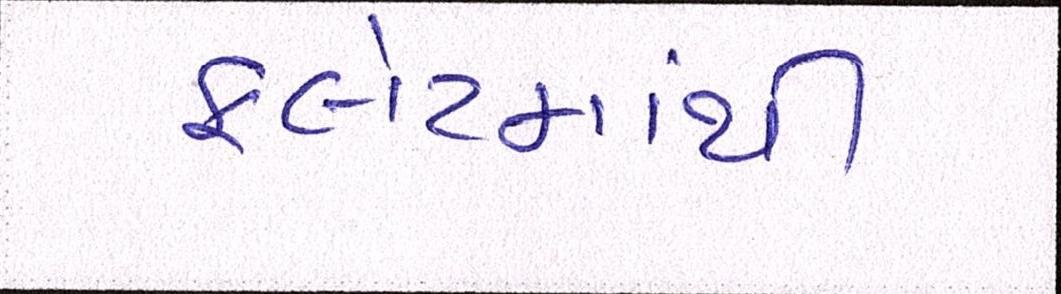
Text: ફલેટમાંથી